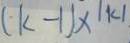
( - k - 1 ) \times \vert k \vert